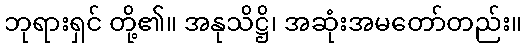
ဘုရားရှင် တို့၏။ အနုသိဋ္ဌိ၊ အဆုံးအမတော်တည်း။